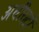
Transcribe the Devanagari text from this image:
अधीराटों